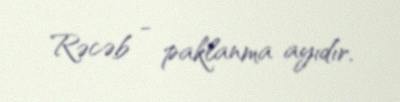
Rəcəb - paklanma ayıdır.